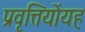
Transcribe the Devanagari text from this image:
प्रवृत्तियोंयह